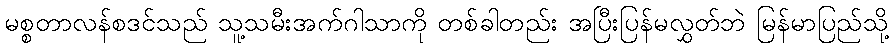
မစ္စတာလန်စဒင်သည် သူ့သမီးအက်ဂါသာကို တစ်ခါတည်း အပြီးပြန်မလွှတ်ဘဲ မြန်မာပြည်သို့